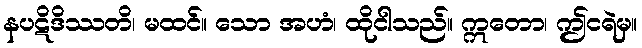
နပဋိဒိဿတိ၊ မထင်။ သော အဟံ၊ ထိုငါသည်။ ဣတော၊ ဤငရဲမှ။